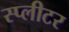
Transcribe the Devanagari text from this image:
स्प्लीटर